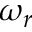
\omega _ { r }